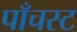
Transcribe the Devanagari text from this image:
पाँचस्ट